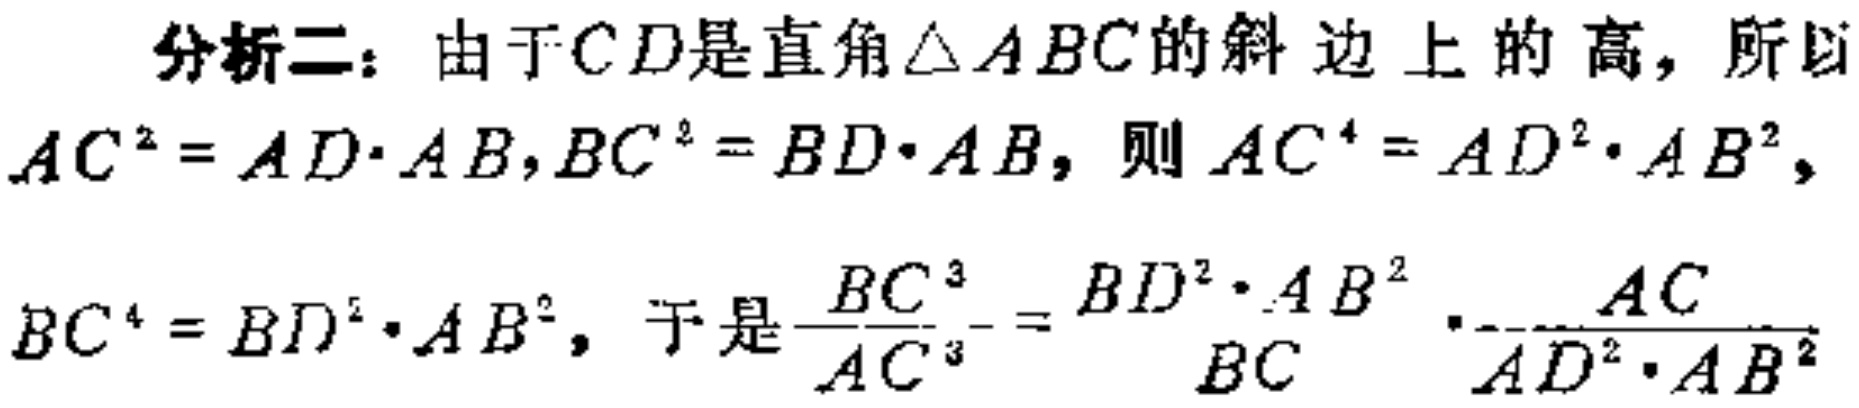
分析二：由于\(CD\)是直角\(\triangle ABC\)的斜边上的高，所以
\(AC^{2}=AD\cdot AB,BC^{2}=BD\cdot AB\)，则\(AC^{4}=AD^{2}\cdot AB^{2}\)，
\(BC^{4}=BD^{2}\cdot AB^{2}\)，于是\(\frac{BC^{3}}{AC^{3}}=\frac{BD^{2}\cdot AB^{2}}{BC}\cdot\frac{AC}{AD^{2}\cdot AB^{2}}\)